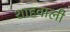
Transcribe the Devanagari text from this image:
शाहवाली